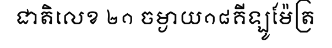
ជាតិលេខ ២១ ចម្ងាយ១៨គីឡូម៉ែត្រ